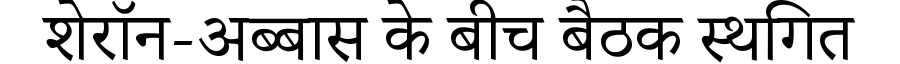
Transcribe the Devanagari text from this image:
शेरॉन-अब्बास के बीच बैठक स्थगित